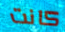
كانت